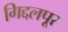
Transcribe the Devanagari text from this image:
गिद्दलपूर